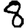
Digit: 8